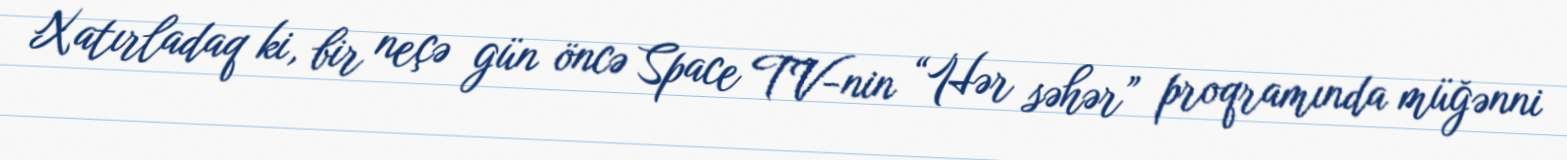
Xatırladaq ki, bir neçə gün öncə Space TV-nin “Hər səhər” proqramında müğənni